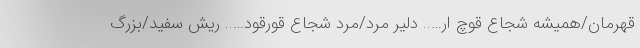
قهرمان/همیشه شجاع قوچ ار….. دلیر مرد/مرد شجاع قورقود….. ریش سفید/بزرگ